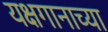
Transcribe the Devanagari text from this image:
यक्षगानाच्या